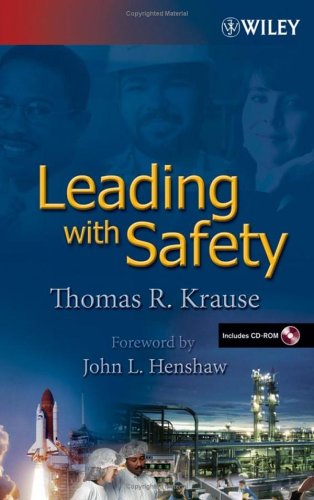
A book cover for Leading with Safety; Thomas R.  Krause; Science & Math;